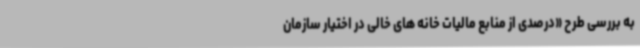
به بررسی طرح «درصدی از منابع مالیات خانه های خالی در اختیار سازمان